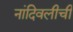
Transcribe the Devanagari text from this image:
नांदिवलीची